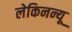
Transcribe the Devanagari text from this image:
लेकिनन्यू